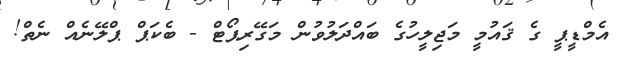
އެމްޑީޕީ ގެ ޤައުމީ މަޖިލީހުގެ ބައްދަލުވުން މަގޭރިޕޯޓް - ބެކަޕް ޕްލޭނެއް ނެތް!